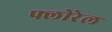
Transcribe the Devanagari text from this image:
फ्लोरेल